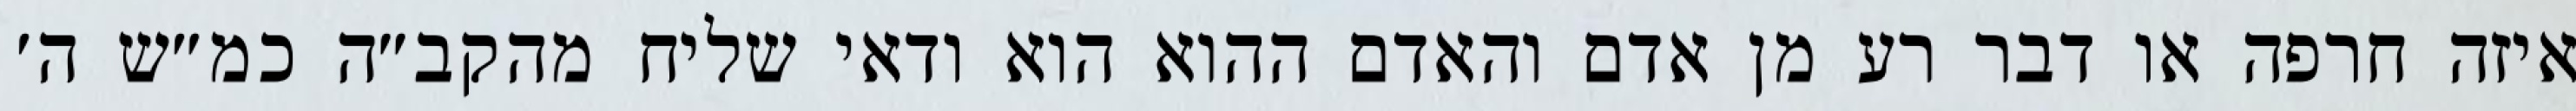
איזה חרפה או דבר רע מן אדם והאדם ההוא הוא ודאי שליח מהקב״ה כמ״ש ה׳